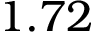
1 . 7 2